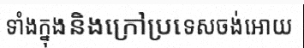
ទាំងក្នុងនិងក្រៅប្រទេសចង់អោយ